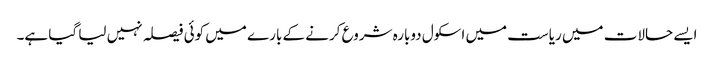
ایسے حالات میں ریاست میں اسکول دوبارہ شروع کرنے کے بارے میں کوئی فیصلہ نہیں لیا گیا ہے۔